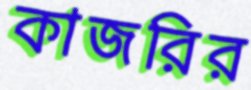
কাজরির